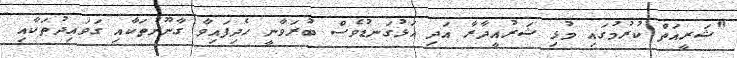
"ޝަރީއަތް ކުރުމުގައި މުޅި ޝަރުއީދާރާ އަދި އަޅުގަނޑުވެސް ބުރަވާނީ ހެދިފައިވާ ގާނޫނުތަކާއި ގަވައިދުތަކާއި